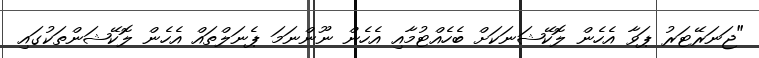
"ޖަނަރޭޓަރު ޕަވާ އެހެން ލޮކޭޝަނަކަށް ބެހެއްޓުމާއި އެހެން ނޫންނަމަ ޕެނަލްތައް އެހެން ލޮކޭޝަންތަކުގައި